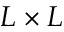
L \times L